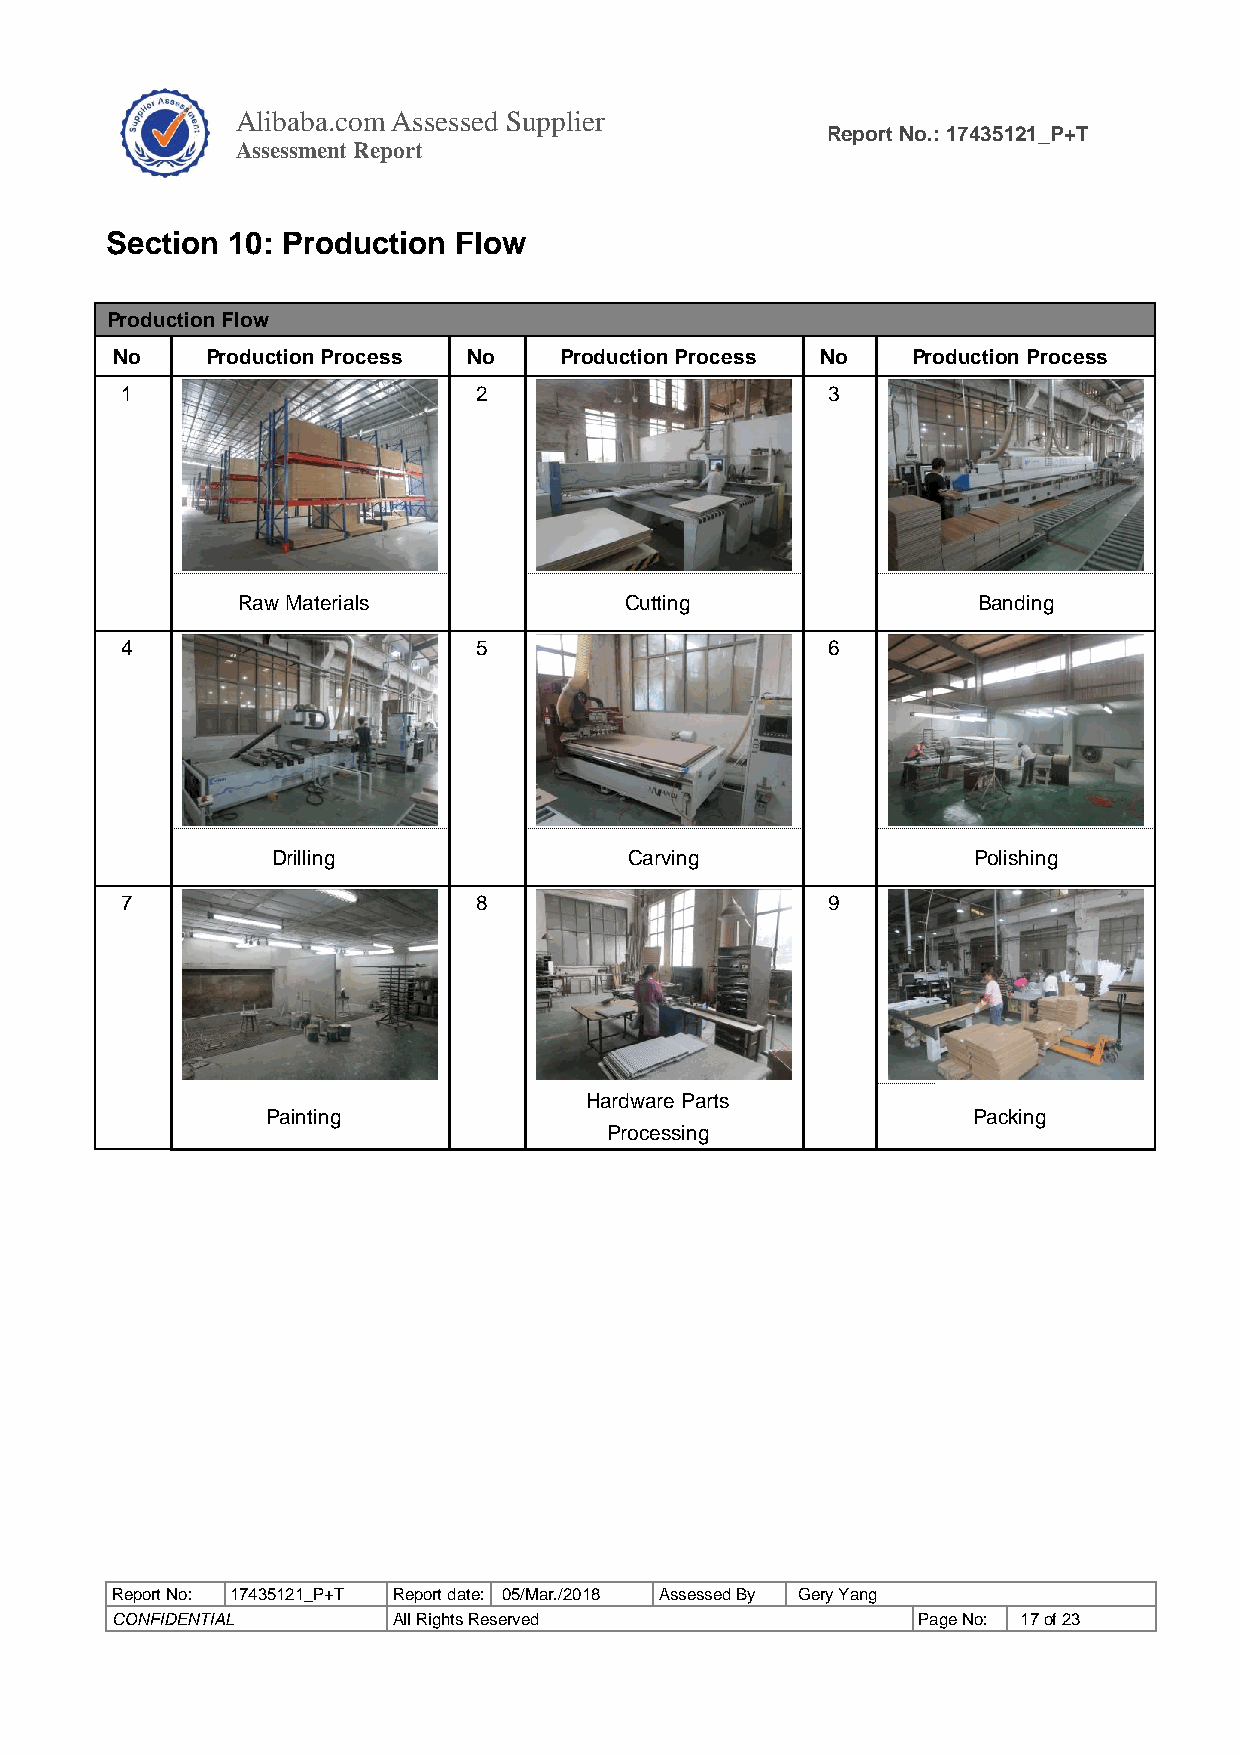
Alibaba.com Assessed Supplier
 Report No.: 17435121_P+T
 As sessment Report
 Section 10: Production Flow
 Production Flow
 No     Production Process No  Production Process No  Production Process
 1                      2                       3
 Raw Materials            Cutting                 Banding
 4                      5                       6
 Drilling                Carving               Polishing
 7                      8                       9
 Hardware Parts
 Painting                                      Packing
 Processing
 Report No: 17435121_P+T Report date: 05/Mar./2018 Assessed By Gery Yang
 CONFIDENTIAL       All Rights Reserved                Page No: 17 of 23